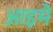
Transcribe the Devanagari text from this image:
आइमे